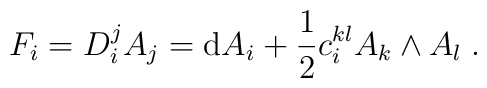
F_i=D_i^j A_j={\rm d}A_i+\frac{1}{2}c^{kl}_i A_k\wedge A_l\;.